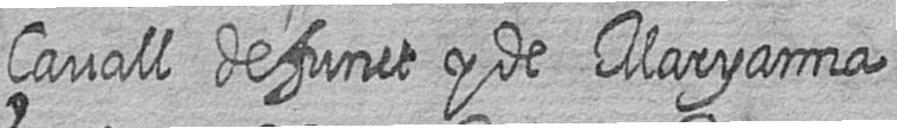
çavall defunct y de Maryanna